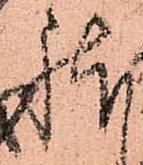
躰